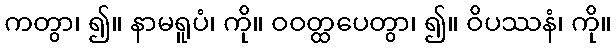
ကတွာ၊ ၍။ နာမရူပံ၊ ကို။ ဝဝတ္ထပေတွာ၊ ၍။ ဝိပဿနံ၊ ကို။